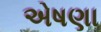
એષણા